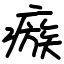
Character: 瘯